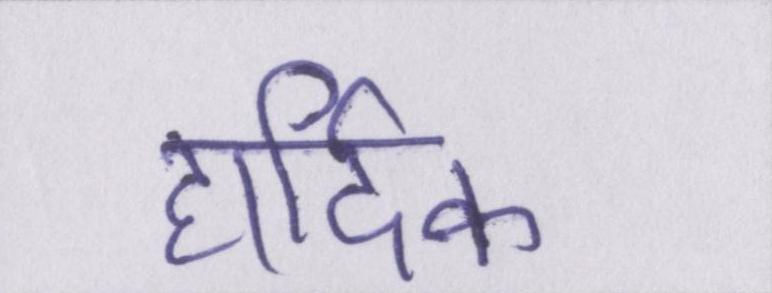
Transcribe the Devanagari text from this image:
हार्दिक